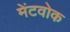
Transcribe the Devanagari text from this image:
मेंटवोक